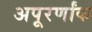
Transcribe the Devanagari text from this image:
अपूरर्णांक